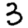
Digit: 3